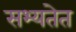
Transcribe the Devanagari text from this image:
सभ्यतेत